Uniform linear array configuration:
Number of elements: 12
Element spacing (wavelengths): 1
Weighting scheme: hann
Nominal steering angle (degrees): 30
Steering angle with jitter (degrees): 31.835
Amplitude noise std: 0.05
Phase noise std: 0.05

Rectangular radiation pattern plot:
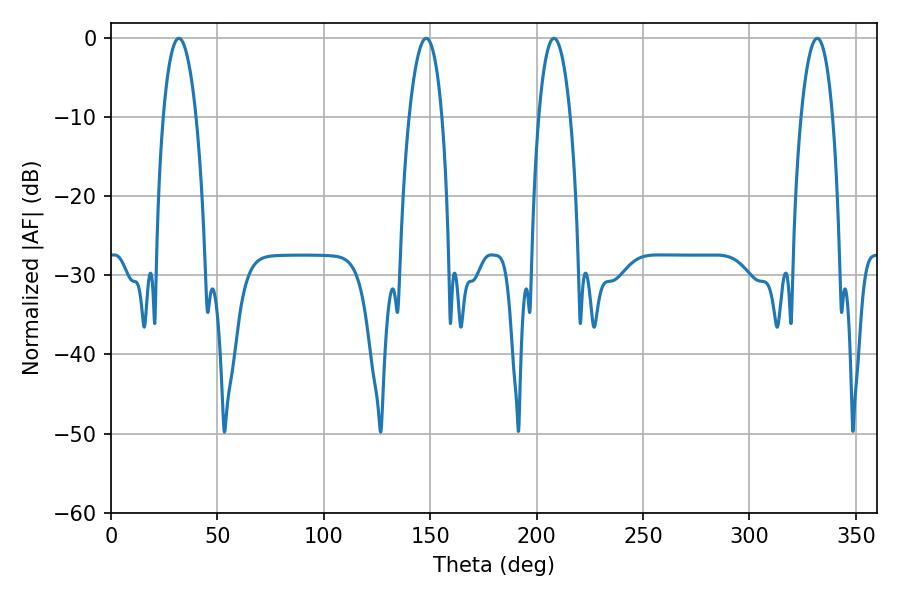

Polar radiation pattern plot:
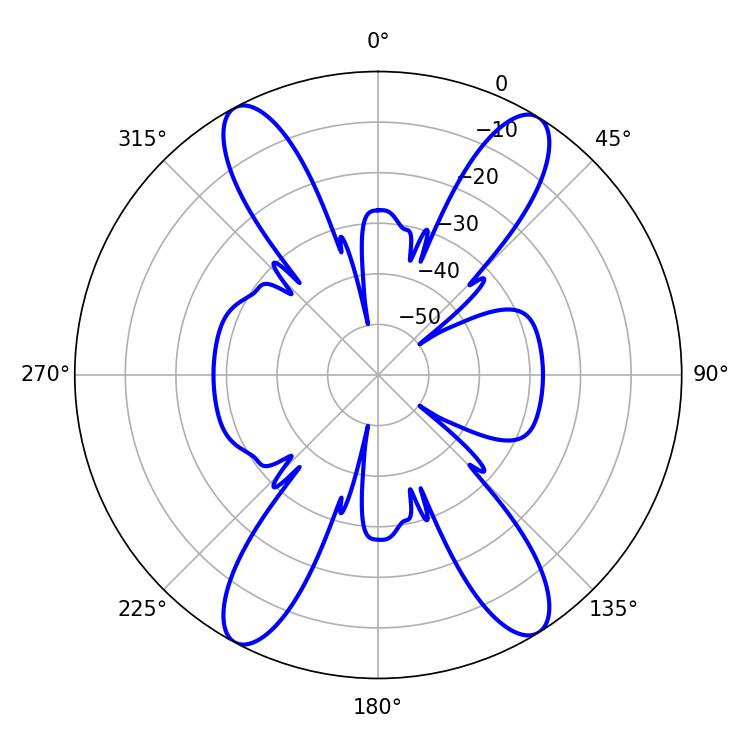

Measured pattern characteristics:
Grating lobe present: TRUE
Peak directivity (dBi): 19.24
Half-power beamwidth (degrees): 8.64
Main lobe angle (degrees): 31.86